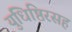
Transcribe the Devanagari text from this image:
युधिष्ठिरसह